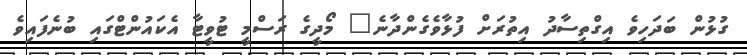
ގުޅުން ބަދަހިވެ އިގްތިސާދު އިތުރަށް ފުޅާވެގެންދާނެ" މޯދީގެ ރަސްމީ ޓުވީޓާ އެކައުންޓްގައި ބުނެފައިވެ